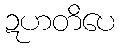
ဍဟတိပေ